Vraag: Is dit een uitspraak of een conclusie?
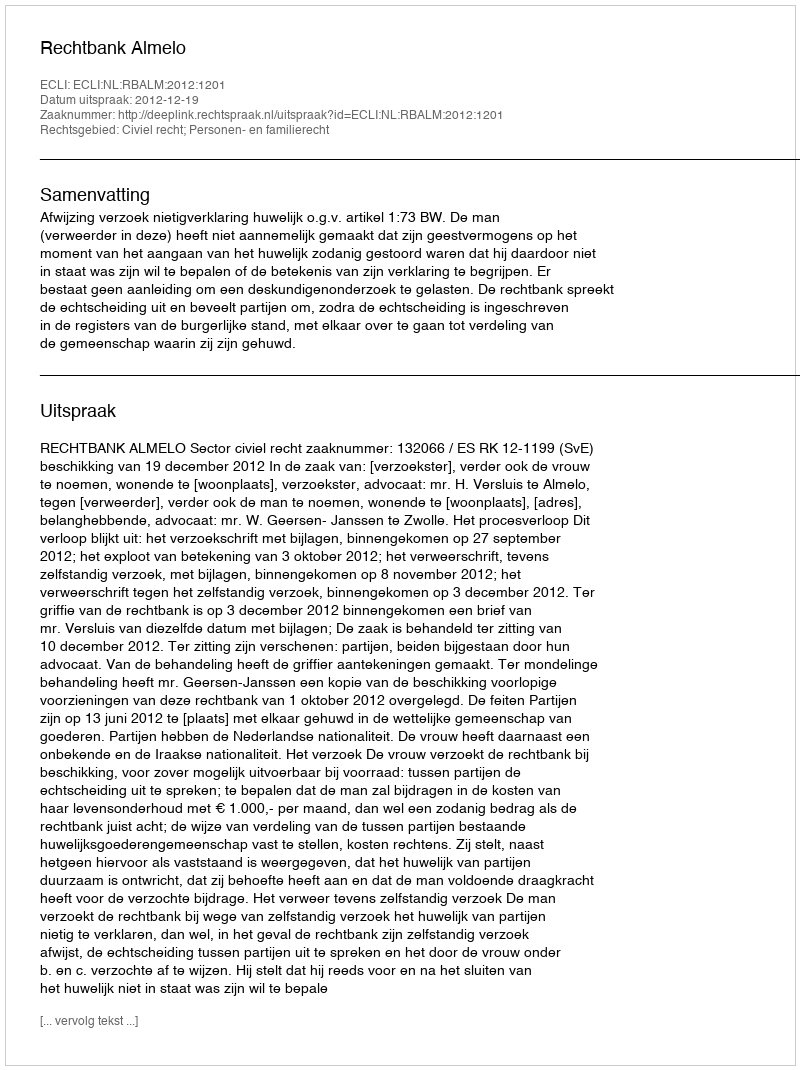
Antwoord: Uitspraak